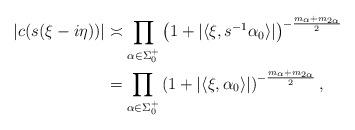
LaTeX: \begin{align*}|c(s(\xi-i\eta))|&\asymp\prod_{\alpha\in\Sigma_0^+} \left(1+|\langle \xi,s^{-1}\alpha_0\rangle|\right)^{-\frac{m_\alpha+m_{2\alpha}}2}\\&=\prod_{\alpha\in\Sigma_0^+} \left(1+|\langle \xi,\alpha_0\rangle|\right)^{-\frac{m_\alpha+m_{2\alpha}}2},\end{align*}